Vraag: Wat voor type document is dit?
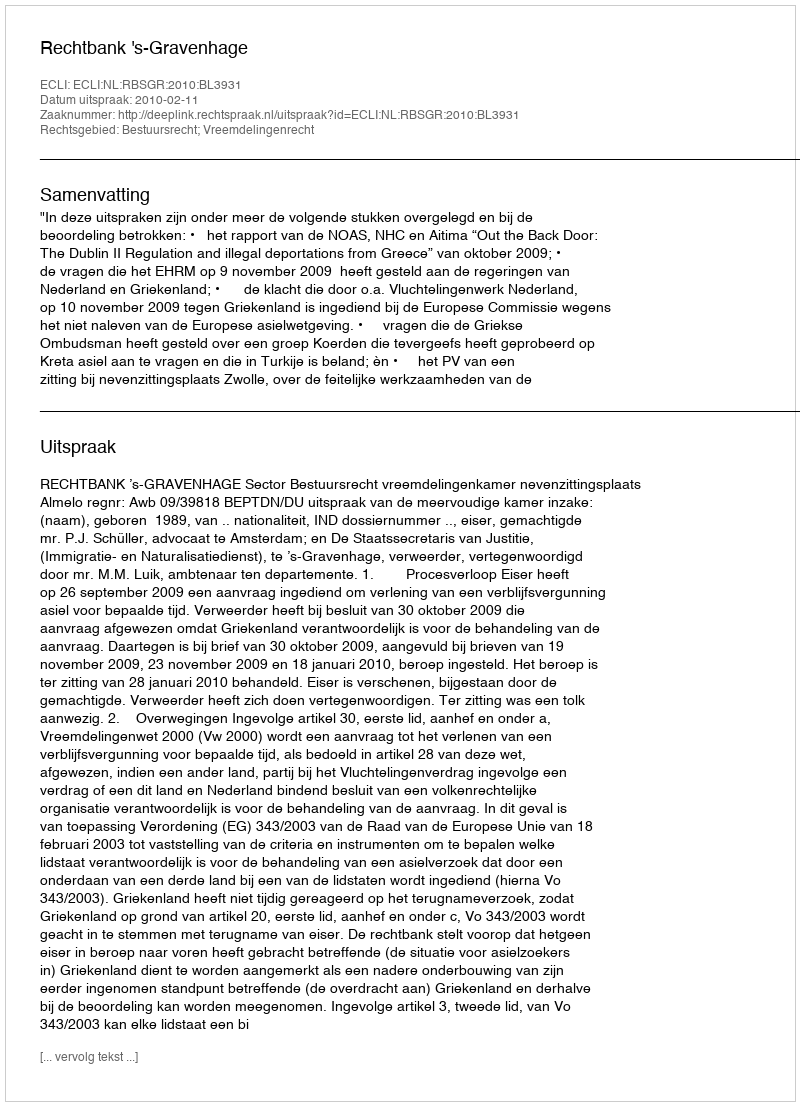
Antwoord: Uitspraak